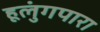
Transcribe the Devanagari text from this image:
हूलुंगपारा